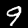
Digit: 9